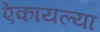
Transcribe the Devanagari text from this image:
ऐकायल्या